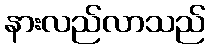
နားလည်လာသည်